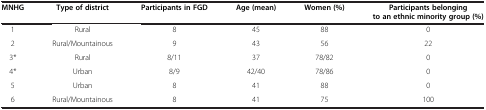
<table><thead><tr><td><b>MNHG</b></td><td><b>Type of district</b></td><td><b>Participants in FGD</b></td><td><b>Age (mean)</b></td><td><b>Women (%)</b></td><td><b>Participants belonging to an ethnic minority group (%)</b></td></tr></thead><tbody><tr><td>1</td><td>Rural</td><td>8</td><td>45</td><td>88</td><td>0</td></tr><tr><td>2</td><td>Rural/Mountainous</td><td>9</td><td>43</td><td>56</td><td>22</td></tr><tr><td>3*</td><td>Rural</td><td>8/11</td><td>37</td><td>78/82</td><td>0</td></tr><tr><td>4*</td><td>Urban</td><td>8/9</td><td>42/40</td><td>78/86</td><td>0</td></tr><tr><td>5</td><td>Urban</td><td>8</td><td>41</td><td>88</td><td>0</td></tr><tr><td>6</td><td>Rural/Mountainous</td><td>8</td><td>41</td><td>75</td><td>100</td></tr></tbody></table>